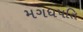
મગધપતિ